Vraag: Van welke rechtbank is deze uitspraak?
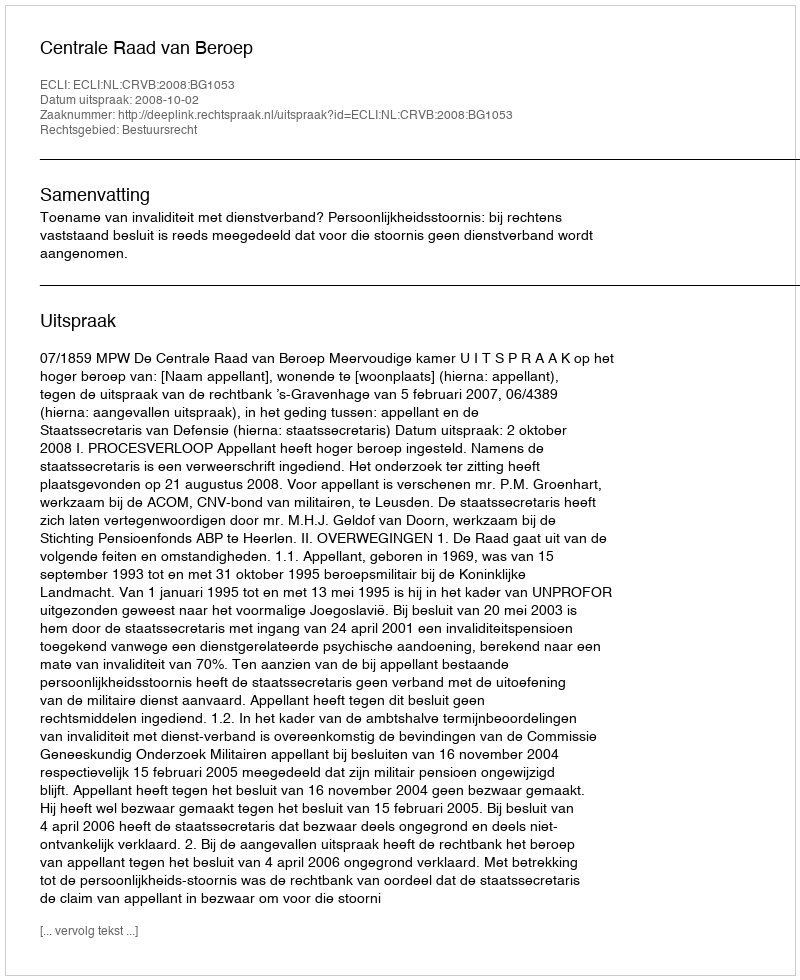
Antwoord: Centrale Raad van Beroep